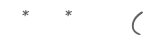
*   *     (